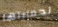
لحمايتها